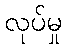
လုပ်မှု